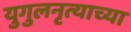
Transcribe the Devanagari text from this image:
युगुलनृत्याच्या